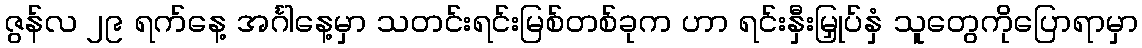
ဇွန်လ ၂၉ ရက်နေ့ အင်္ဂါနေ့မှာ သတင်းရင်းမြစ်တစ်ခုက ဟာ ရင်းနှီးမြှုပ်နှံ သူတွေကိုပြောရာမှာ